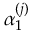
\alpha _ { 1 } ^ { ( j ) }